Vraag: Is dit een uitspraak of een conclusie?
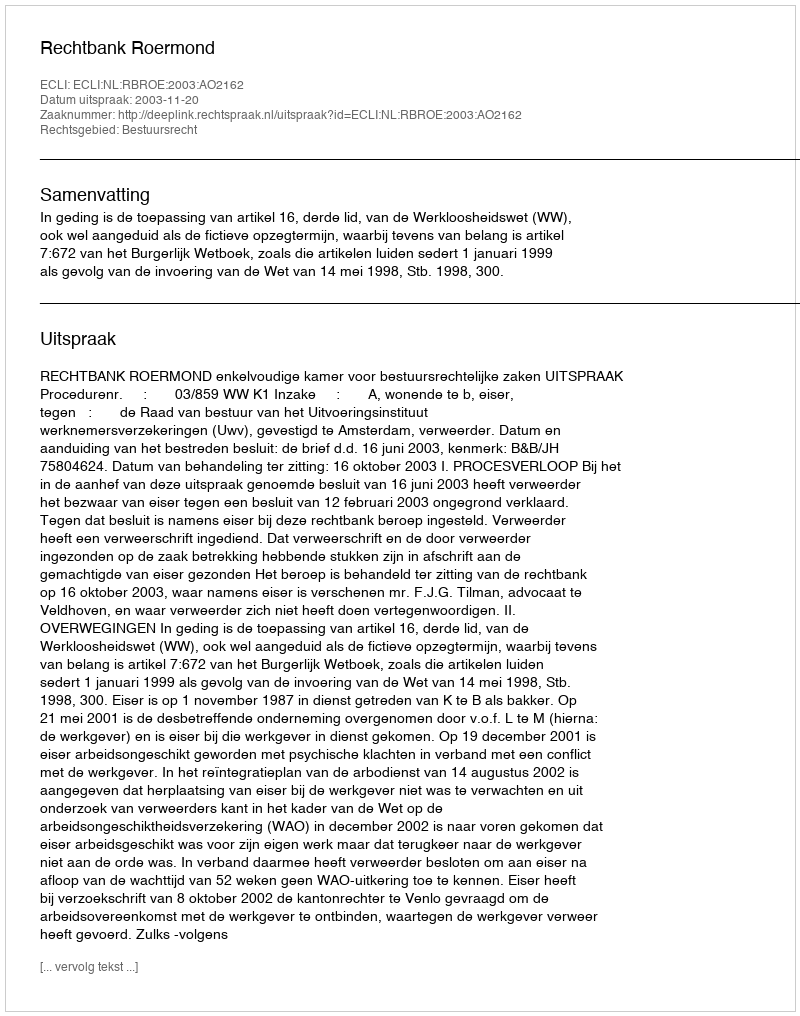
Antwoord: Uitspraak